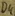
Text: D4